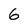
Character: 6